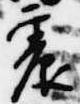
震